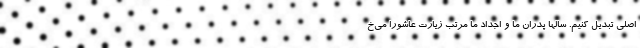
اصلی تبدیل کنیم. سالها پدران ما و اجداد ما مرتب زیارت عاشورا می‌خ